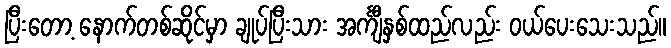
ပြီးတော့ နောက်တစ်ဆိုင်မှာ ချုပ်ပြီးသား အင်္ကျီနှစ်ထည်လည်း ဝယ်ပေးသေးသည်။